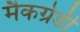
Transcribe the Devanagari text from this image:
मैकग्रेडी